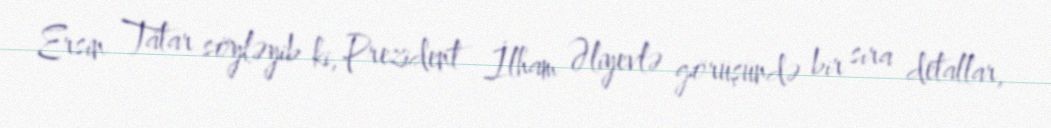
Ersin Tatar söyləyib ki, Prezident İlham Əliyevlə görüşündə bir sıra detallar,